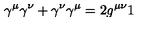
\gamma ^ { \mu } \gamma ^ { \nu } + \gamma ^ { \nu } \gamma ^ { \mu } = 2 g ^ { \mu \nu } 1